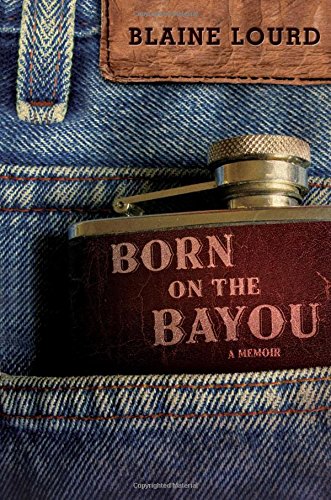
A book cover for Born on the Bayou: A Memoir; Blaine Lourd; Biographies & Memoirs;